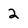
Character: 2